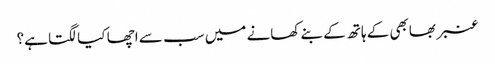
عنبر بھابھی کے ہاتھ کے بنے کھانے میں سب سے اچھا کیا لگتا ہے؟